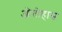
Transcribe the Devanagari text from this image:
ओतोहास